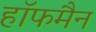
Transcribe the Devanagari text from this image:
हाॅफमैन